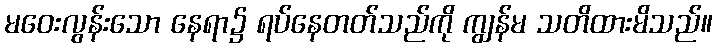
မဝေးလွန်းသော နေရာ၌ ရပ်နေတတ်သည်ကို ကျွန်မ သတိထားမိသည်။